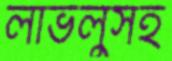
লাভলুসহ